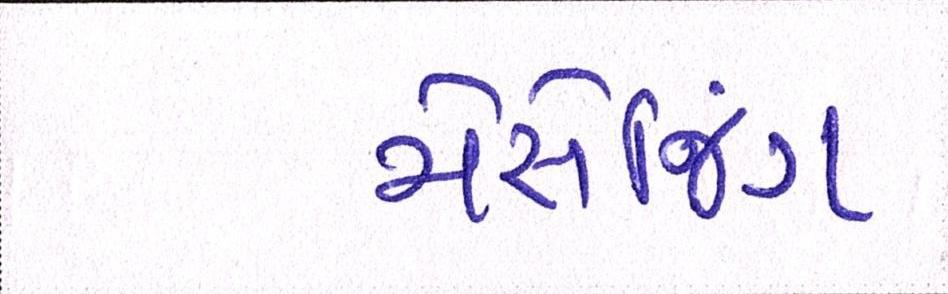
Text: મેસેજિંગ